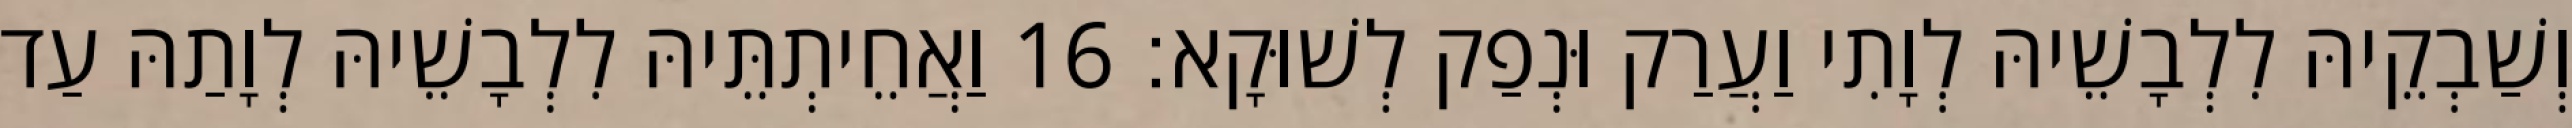
וְשַׁבְקֵיהּ לִלְבָשֵׁיהּ לְוָתִי וַעֲרַק וּנְפַק לְשׁוּקָא׃ 16 וַאֲחֵיתְתֵּיהּ לִלְבָשֵׁיהּ לְוָתַהּ עַד